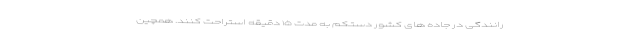
رانندگی در جاده های کشور دستکم به مدت ۱۵ دقیقه استراحت کنند. همچین